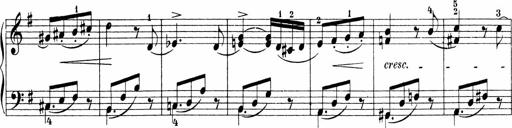
Title: 3 Sonatinas
Composer: Carl Reinecke